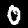
Label: 0